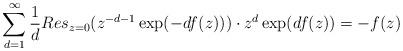
LaTeX: \begin{align*}\sum_{d=1}^{\infty}\frac{1}{d}Res_{z=0}(z^{-d-1}\exp(-df(z)))\cdot z^{d}\exp(df(z))=-f(z)\end{align*}